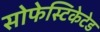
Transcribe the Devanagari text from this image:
सोफेस्टिकेटेड